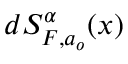
d S _ { F , a _ { o } } ^ { \alpha } ( x )